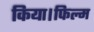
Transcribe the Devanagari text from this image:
किया।फिल्म